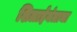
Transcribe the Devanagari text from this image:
शिलाईयंत्राचा